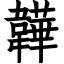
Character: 韡